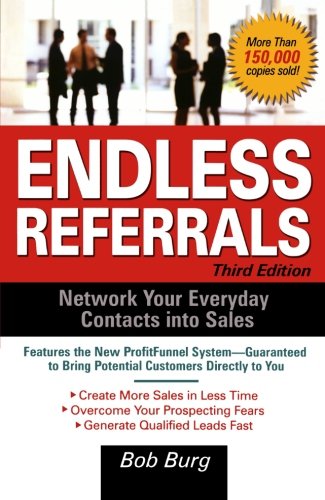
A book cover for Endless Referrals, Third Edition; Bob Burg; Business & Money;